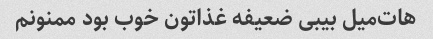
هات‌میل بیبی ضعیفه غذاتون خوب بود ممنونم